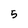
Character: 5